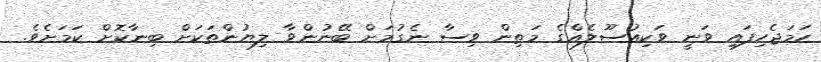
ހަމަޖެހިފައި ވަނީ ވަކިއުސޫލެއްގެ މަތިން ވިސާ ނެގުމަށް ބޭނުންވާ ލިޔުންތަކަށް ބިނާކޮށް ކަމަށެވެ.